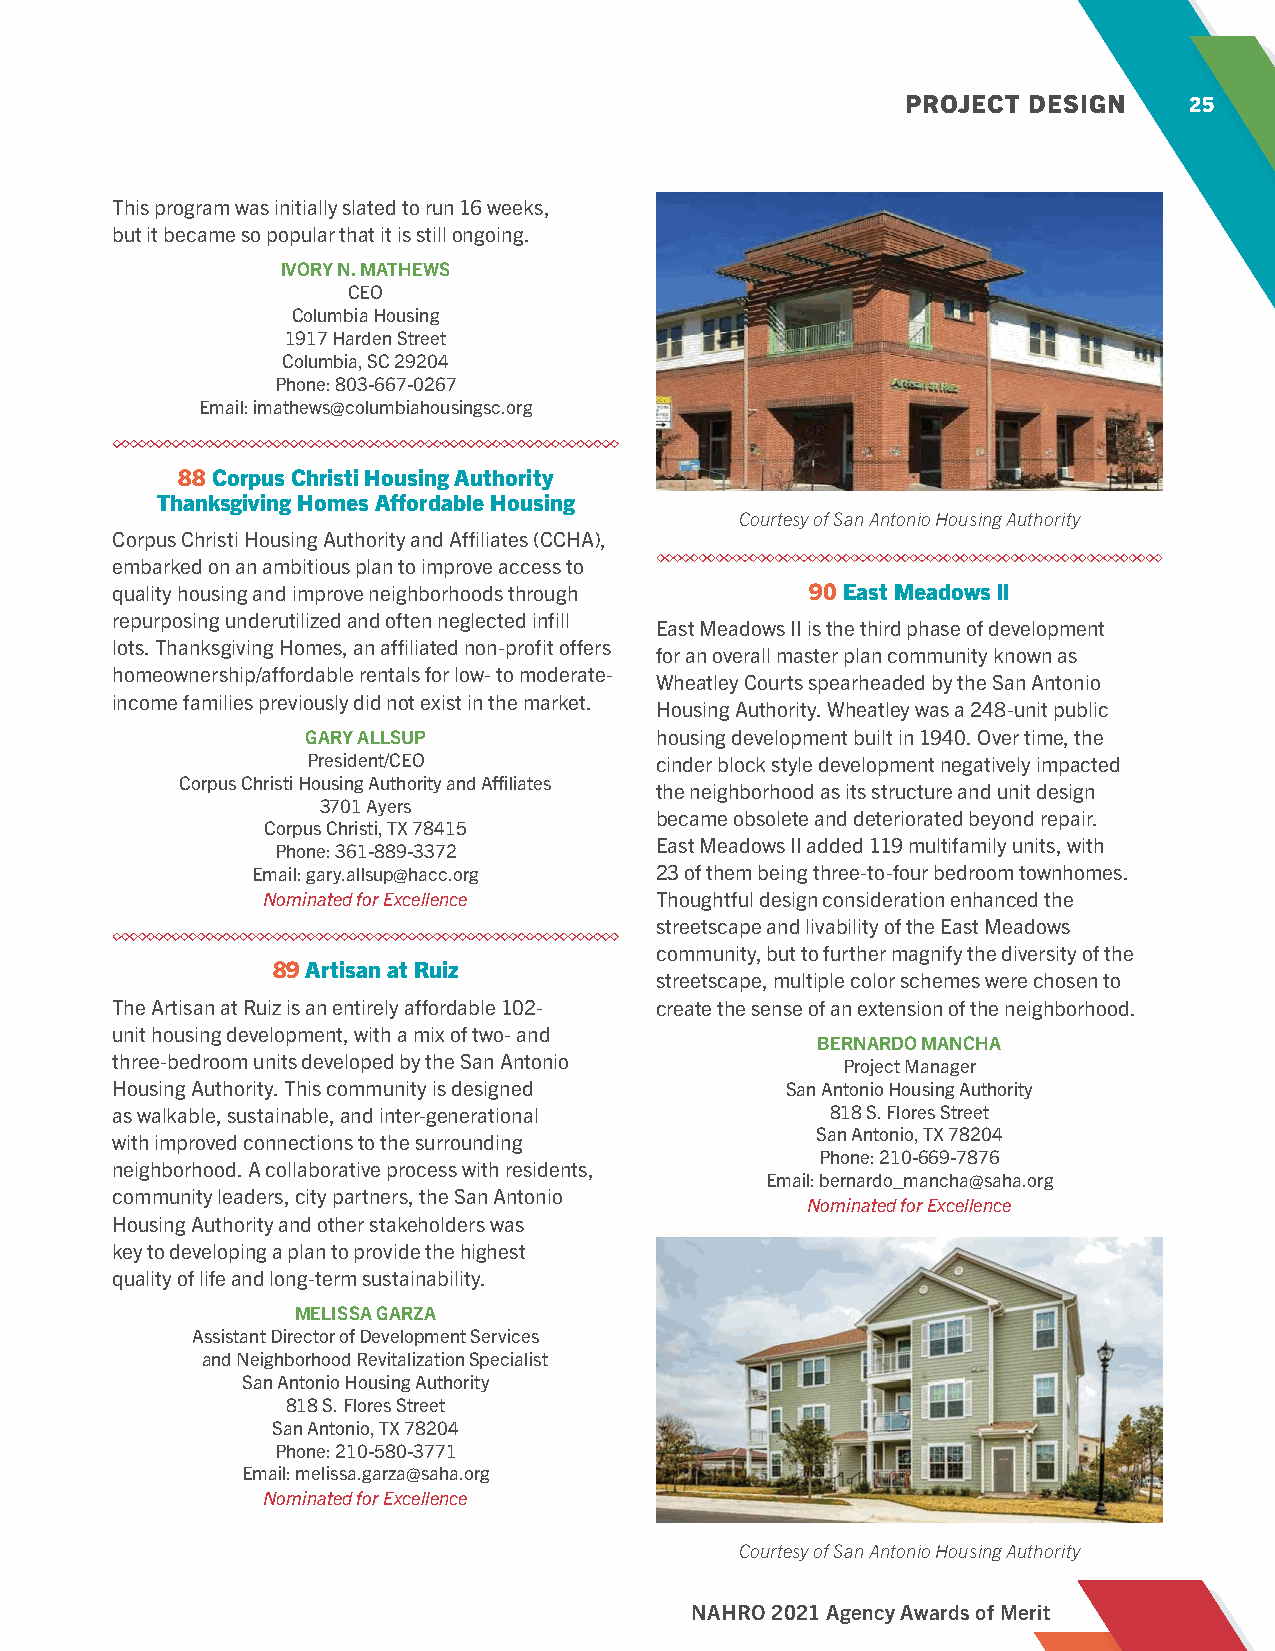
PROJECT DESIGN     25
 This program was initially slated to run 16 weeks,
 but it became so popular that it is still ongoing.
 IVORY N. MATHEWS
 CEO
 Columbia Housing
 1917 Harden Street
 Columbia, SC 29204
 Phone: 803-667-0267
 Email: imathews@columbiahousingsc.org
 88 Corpus Christi Housing Authority
 Thanksgiving Homes Affordable Housing
 Courtesy of San Antonio Housing Authority
 Corpus Christi Housing Authority and Affiliates (CCHA),
 embarked on an ambitious plan to improve access to
 quality housing and improve neighborhoods through 90 East Meadows ll
 repurposing underutilized and often neglected infill
 East Meadows II is the third phase of development
 lots. Thanksgiving Homes, an affiliated non-profit offers
 for an overall master plan community known as
 homeownership/affordable rentals for low- to moderate-
 Wheatley Courts spearheaded by the San Antonio
 income families previously did not exist in the market.
 Housing Authority. Wheatley was a 248-unit public
 GARY ALLSUP            housing development built in 1940. Over time, the
 President/CEO          cinder block style development negatively impacted
 Corpus Christi Housing Authority and Affiliates
 the neighborhood as its structure and unit design
 3701 Ayers
 became obsolete and deteriorated beyond repair.
 Corpus Christi, TX 78415
 East Meadows II added 119 multifamily units, with
 Phone: 361-889-3372
 Email: gary.allsup@hacc.org 23 of them being three-to-four bedroom townhomes.
 Nominated for Excellence  Thoughtful design consideration enhanced the
 streetscape and livability of the East Meadows
 community, but to further magnify the diversity of the
 89 Artisan at Ruiz
 streetscape, multiple color schemes were chosen to
 The Artisan at Ruiz is an entirely affordable 102- create the sense of an extension of the neighborhood.
 unit housing development, with a mix of two- and
 BERNARDO MANCHA
 three-bedroom units developed by the San Antonio Project Manager
 Housing Authority. This community is designed San Antonio Housing Authority
 as walkable, sustainable, and inter-generational 818 S. Flores Street
 San Antonio, TX 78204
 with improved connections to the surrounding
 Phone: 210-669-7876
 neighborhood. A collaborative process with residents,
 Email: bernardo_mancha@saha.org
 community leaders, city partners, the San Antonio
 Nominated for Excellence
 Housing Authority and other stakeholders was
 key to developing a plan to provide the highest
 quality of life and long-term sustainability.
 MELISSA GARZA
 Assistant Director of Development Services
 and Neighborhood Revitalization Specialist
 San Antonio Housing Authority
 818 S. Flores Street
 San Antonio, TX 78204
 Phone: 210-580-3771
 Email: melissa.garza@saha.org
 Nominated for Excellence
 Courtesy of San Antonio Housing Authority
 NAHRO 2021 Agency Awards of Merit